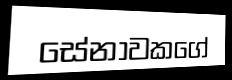
සේනාවකගේ